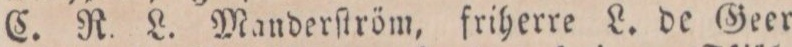
C. R. L. Manderſtröm, friherre L. de Geer